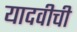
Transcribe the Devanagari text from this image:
यादवीची